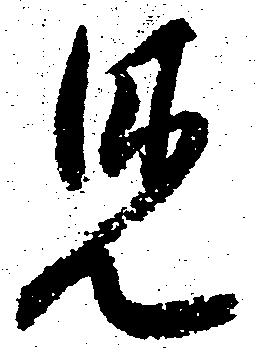
見